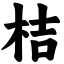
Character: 桔